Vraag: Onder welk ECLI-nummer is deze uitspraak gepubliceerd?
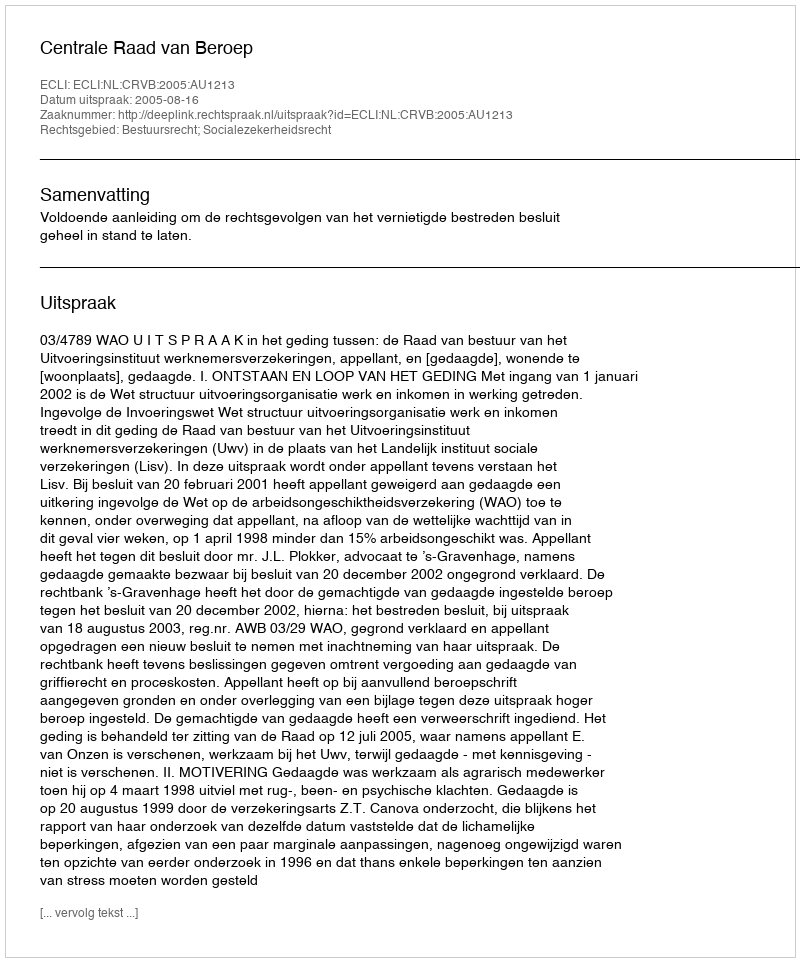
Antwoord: ECLI:NL:CRVB:2005:AU1213